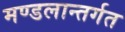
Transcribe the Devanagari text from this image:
मण्डलान्तर्गत